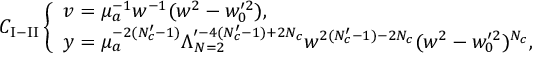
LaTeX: C _ { \mathrm { I - I I } } \left\{ \begin{array} { l } { { v = \mu _ { a } ^ { - 1 } w ^ { - 1 } ( w ^ { 2 } - w _ { 0 } ^ { \prime 2 } ) , } } \\ { { y = \mu _ { a } ^ { - 2 ( N _ { c } ^ { \prime } - 1 ) } \Lambda _ { N = 2 } ^ { \prime - 4 ( N _ { c } ^ { \prime } - 1 ) + 2 N _ { c } } w ^ { 2 ( N _ { c } ^ { \prime } - 1 ) - 2 N _ { c } } ( w ^ { 2 } - w _ { 0 } ^ { \prime 2 } ) ^ { N _ { c } } , } } \end{array} \right.